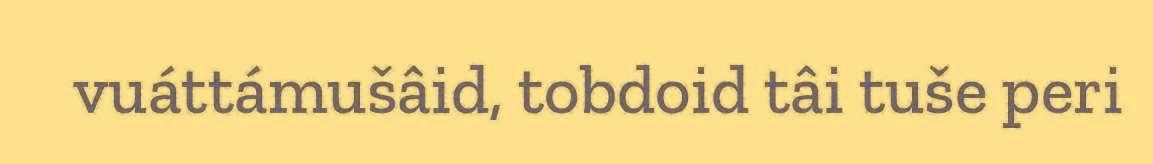
vuáttámušâid, tobdoid tâi tuše peri